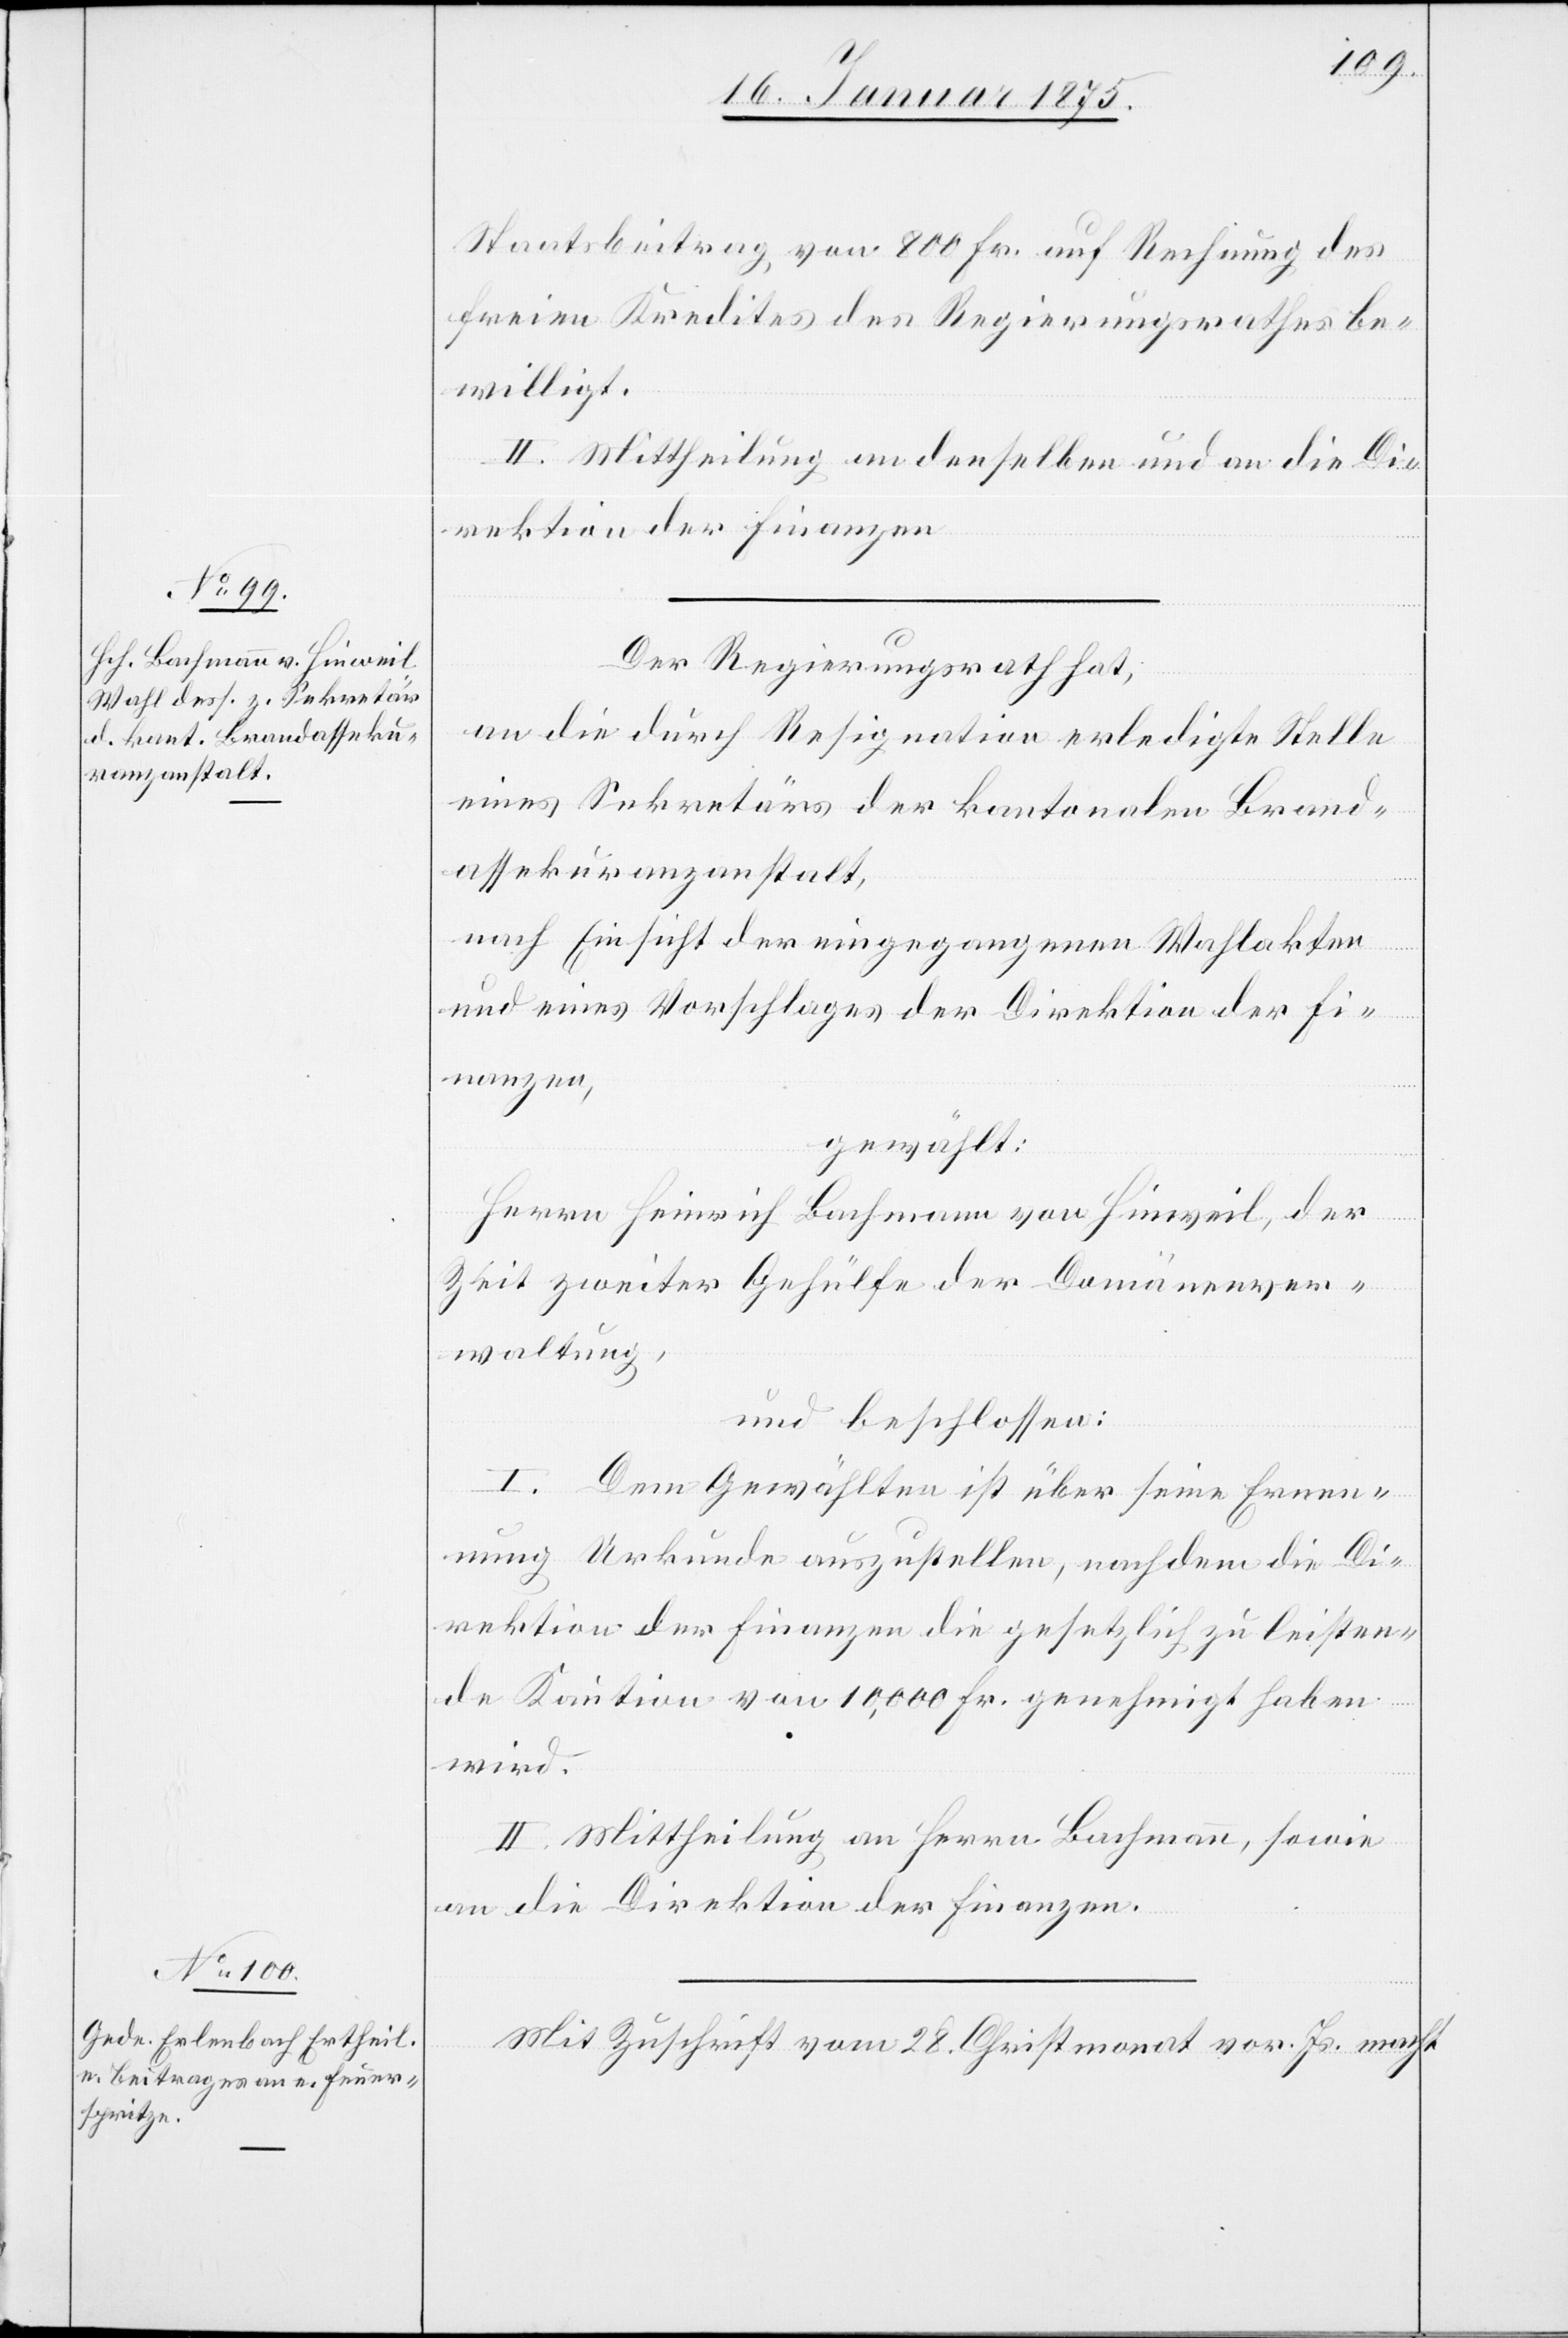
Staatsbeitrag von 800 Fr. auf Rechnung des
freien Kredites des Regierungsrathes be¬
willigt.
II. Mittheilung an denselben und an die Di¬
rektion der Finanzen.
Der Regierungsrath hat,
an die durch Resignation erledigte Stelle
eines Sekretärs der kantonalen Brand¬
assekuranzanstalt,
nach Einsicht der eingegangenen Wahlakten
und eines Vorschlages der Direktion der Fi¬
nanzen,
gewählt:
Herrn Heinrich Bachmann von Hinweil, der
Zeit zweiter Gehülfe der Domänenver¬
waltung,
und beschlossen:
I. Dem Gewählten ist über seine Ernen¬
nung Urkunde auszustellen, nachdem die Di¬
rektion der Finanzen die gesetzlich zu leisten¬
de Kaution von 10,000 Fr. genehmigt haben
wird.
II. Mittheilung an Herrn Bachmann, sowie
an die Direktion der Finanzen.
Mit Zuschrift vom 28. Christmonat vor. Js. macht